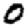
Digit: 0